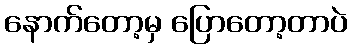
နောက်တော့မှ ပြောတော့တာပဲ